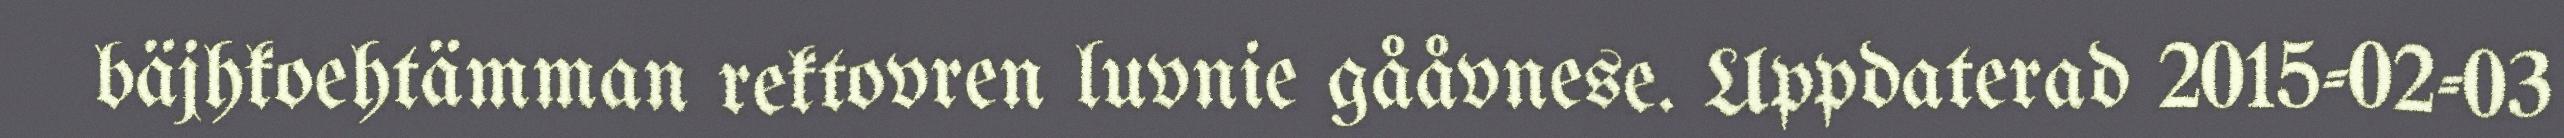
bäjhkoehtämman rektovren luvnie gååvnese. Uppdaterad 2015-02-03